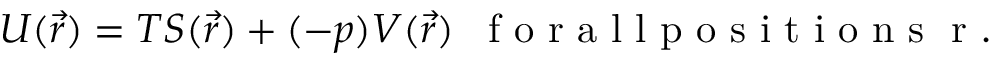
U ( \vec { r } ) = T S ( \vec { r } ) + ( - p ) V ( \vec { r } ) \enspace \mathrm { ~ f ~ o ~ r ~ a ~ l ~ l ~ p ~ o ~ s ~ i ~ t ~ i ~ o ~ n ~ s ~ \vec { ~ } r ~ . ~ }